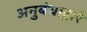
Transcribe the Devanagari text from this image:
अनुबंधाद्वारे